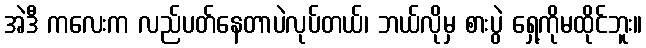
အဲဒီ ကလေးက လည်ပတ်နေတာပဲလုပ်တယ်၊ ဘယ်လိုမှ စားပွဲ ရှေ့ကိုမထိုင်ဘူး။